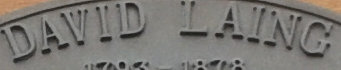
DAVID LAING